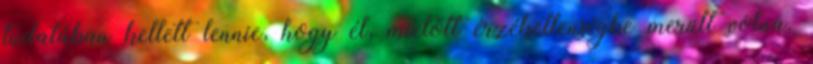
tudatában kellett lennie, hogy él, mielőtt érzéketlenségbe merült volna.